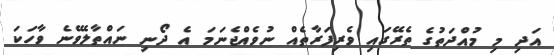
އަދި މި މުއްދަތުގެ ތެރޭގައި ވެރިފަރާތެއް ނުވެއްޖެނަމަ އެ ދޯނި ނައްތާލެވޭނެ ވާހަކަ